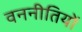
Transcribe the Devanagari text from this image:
वननीतियों